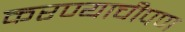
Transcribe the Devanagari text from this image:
करण्याचीपण